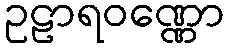
ဥဠာရဝဏ္ဏော